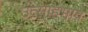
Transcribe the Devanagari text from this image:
उत्साहभाव